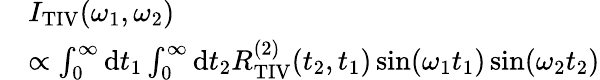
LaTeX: \begin{array}{rl}&{I_{\mathrm{TIV}}(\omega_{1},\omega_{2})}\\ &{\propto\int_{0}^{\infty}\mathrm{d}t_{1}\int_{0}^{\infty}\mathrm{d}t_{2}R_{\mathrm{TIV}}^{(2)}(t_{2},t_{1})\sin(\omega_{1}t_{1})\sin(\omega_{2}t_{2})}\end{array}